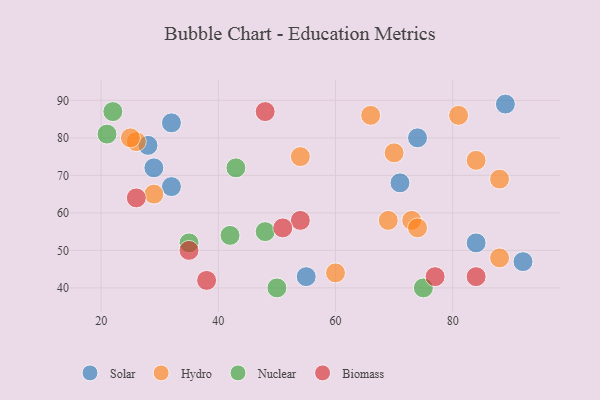
{"axis": {"x": "GDP", "y": "Life Expectancy"}, "legend": ["Biomass", "Hydro", "Nuclear", "Solar"], "data": [{"x": "32", "y": 84, "type": "Solar"}, {"x": "84", "y": 52, "type": "Solar"}, {"x": "29", "y": 72, "type": "Solar"}, {"x": "89", "y": 89, "type": "Solar"}, {"x": "28", "y": 78, "type": "Solar"}, {"x": "55", "y": 43, "type": "Solar"}, {"x": "32", "y": 67, "type": "Solar"}, {"x": "74", "y": 80, "type": "Solar"}, {"x": "92", "y": 47, "type": "Solar"}, {"x": "71", "y": 68, "type": "Solar"}, {"x": "88", "y": 48, "type": "Hydro"}, {"x": "69", "y": 58, "type": "Hydro"}, {"x": "70", "y": 76, "type": "Hydro"}, {"x": "54", "y": 75, "type": "Hydro"}, {"x": "81", "y": 86, "type": "Hydro"}, {"x": "60", "y": 44, "type": "Hydro"}, {"x": "73", "y": 58, "type": "Hydro"}, {"x": "66", "y": 86, "type": "Hydro"}, {"x": "84", "y": 74, "type": "Hydro"}, {"x": "29", "y": 65, "type": "Hydro"}, {"x": "26", "y": 79, "type": "Hydro"}, {"x": "88", "y": 69, "type": "Hydro"}, {"x": "74", "y": 56, "type": "Hydro"}, {"x": "25", "y": 80, "type": "Hydro"}, {"x": "22", "y": 87, "type": "Nuclear"}, {"x": "35", "y": 52, "type": "Nuclear"}, {"x": "50", "y": 40, "type": "Nuclear"}, {"x": "75", "y": 40, "type": "Nuclear"}, {"x": "48", "y": 55, "type": "Nuclear"}, {"x": "42", "y": 54, "type": "Nuclear"}, {"x": "21", "y": 81, "type": "Nuclear"}, {"x": "43", "y": 72, "type": "Nuclear"}, {"x": "54", "y": 58, "type": "Biomass"}, {"x": "84", "y": 43, "type": "Biomass"}, {"x": "51", "y": 56, "type": "Biomass"}, {"x": "38", "y": 42, "type": "Biomass"}, {"x": "35", "y": 50, "type": "Biomass"}, {"x": "48", "y": 87, "type": "Biomass"}, {"x": "26", "y": 64, "type": "Biomass"}, {"x": "77", "y": 43, "type": "Biomass"}]}